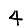
Digit: 4